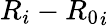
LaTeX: R_{i}-{R_{0}}_{i}